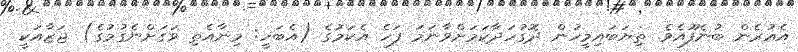
އެއުރެން ބުނެފޫއެވެ. ތިޔަބައިމީހުން ދޮގުހަދާކަމަށްވާނަމަ ފަހެ އެކަމުގެ (އެބަހީ: މިނާއެތި ވަގަށްނެގުމުގެ) ޖަޒާއަކީ